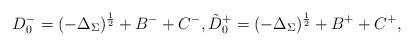
LaTeX: \begin{align*}D^-_0=(-\Delta_\Sigma)^{\frac12}+B^- +C^-,\Tilde D^+_0=(-\Delta_\Sigma)^{\frac12}+B^+ +C^+,\end{align*}